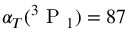
\alpha _ { T } ( ^ { 3 } \mathrm { ~ P ~ } _ { 1 } ) = 8 7